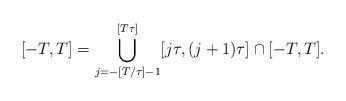
LaTeX: \begin{align*}[-T,T] = \bigcup_{j=-[T/\tau]-1}^{[T\tau]} [ j \tau, (j+1)\tau] \cap [-T,T].\end{align*}